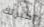
اخبرتك